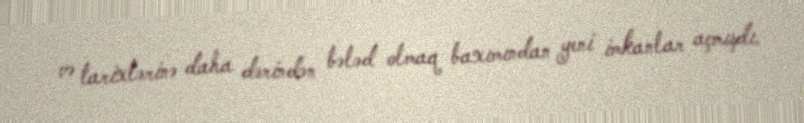
və tarixlərinə daha dərindən bələd olmaq baxımından yeni imkanlar açmışdı.